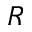
R